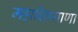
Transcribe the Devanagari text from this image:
महाशिष्याणा